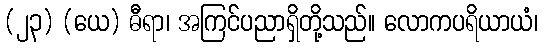
(၂၃) (ယေ) ဓီရာ၊ အကြင်ပညာရှိတို့သည်။ လောကပရိယာယံ၊